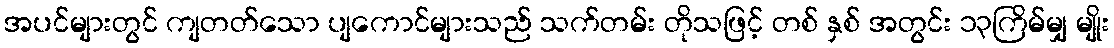
အပင်များတွင် ကျတတ်သော ပျကောင်များသည် သက်တမ်း တိုသဖြင့် တစ် နှစ် အတွင်း ၁၃ကြိမ်မျှ မျိုး